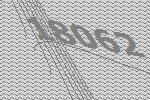
18062